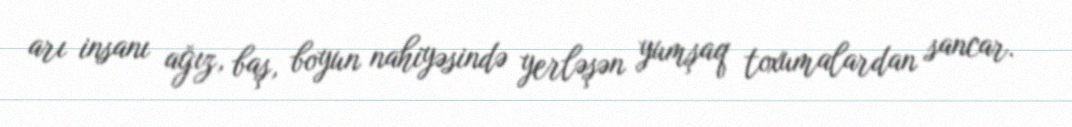
arı insanı ağız, baş, boyun nahiyəsində yerləşən yumşaq toxumalardan sancar.